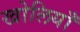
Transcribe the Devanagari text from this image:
खोलियाँ